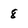
Character: 8